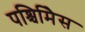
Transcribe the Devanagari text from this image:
पश्चिमिेस